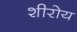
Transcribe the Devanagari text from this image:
शीरोय